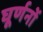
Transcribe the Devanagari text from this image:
घूर्णनों